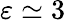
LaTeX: \varepsilon\simeq 3